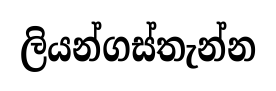
ලියන්ගස්තැන්න